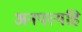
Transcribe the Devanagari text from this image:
अनपत्यहि